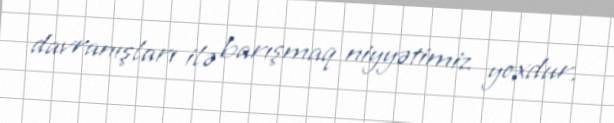
davranışları ilə barışmaq niyyətimiz yoxdur.